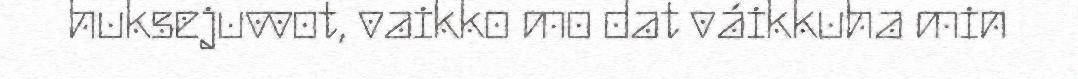
huksejuvvot, vaikko mo dat váikkuha min